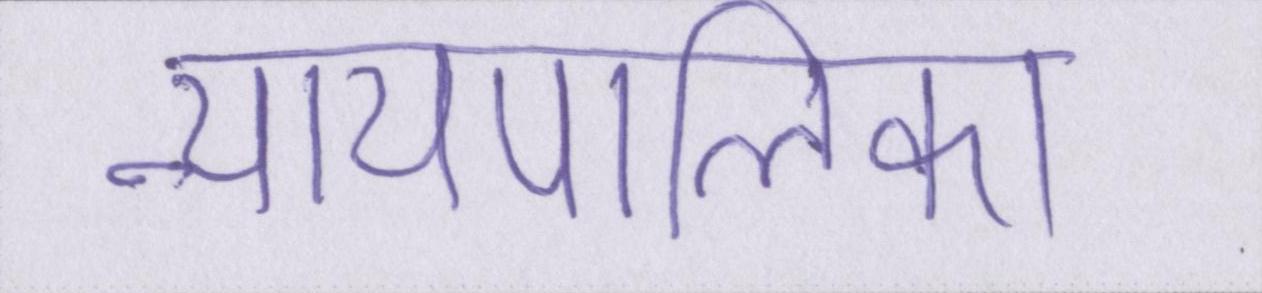
न्यायपालिका